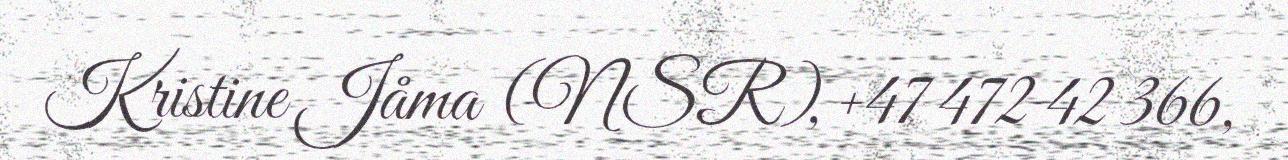
Kristine Jåma (NSR), +47 472 42 366,